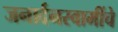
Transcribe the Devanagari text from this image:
जनार्दनस्वामींचे